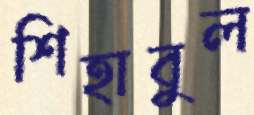
শিহাবুল